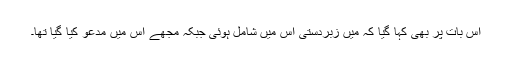
اس بات پر بھی کہا گیا کہ میں زبردستی اس میں شامل ہوئی جبکہ مجھے اس میں مدعو کیا گیا تھا۔